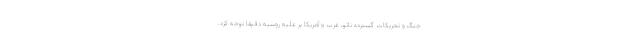
جنگ و تحریکات گسترده ناتو، غرب و آمریکا بر علیه روسیه دقیقا توجه کرد.